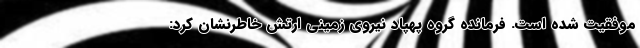
موفقیت شده است. فرمانده گروه پهپاد نیروی زمینی ارتش خاطرنشان کرد: